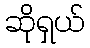
ဆိုရှယ်